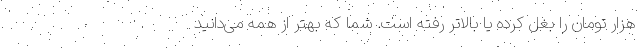
هزار تومان را بغل کرده یا بالاتر رفته است. شما که بهتر از همه می‌دانید